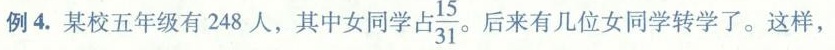
例4.某校五年级有248人，其中女同学 占\frac{15}{31}。 后来有几位女同学转学了。这样，